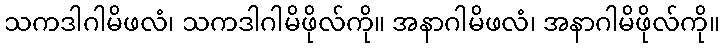
သကဒါဂါမိဖလံ၊ သကဒါဂါမိဖိုလ်ကို။ အနာဂါမိဖလံ၊ အနာဂါမိဖိုလ်ကို။